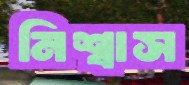
নিশ্বাস